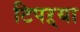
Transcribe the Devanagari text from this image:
टिपऱ्या